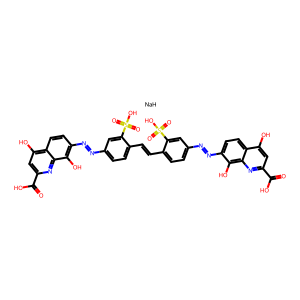
SMILES: O=C(O)c1cc(O)c2ccc(N=Nc3ccc(C=Cc4ccc(N=Nc5ccc6c(O)cc(C(=O)O)nc6c5O)cc4S(=O)(=O)O)c(S(=O)(=O)O)c3)c(O)c2n1.[NaH]
Inhibits HIV replication: Yes